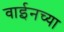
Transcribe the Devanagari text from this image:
वाईनच्या